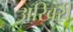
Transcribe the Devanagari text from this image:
अखिरी